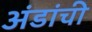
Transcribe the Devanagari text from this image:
अंडांची